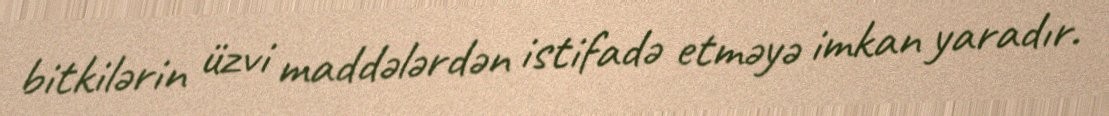
bitkilərin üzvi maddələrdən istifadə etməyə imkan yaradır.